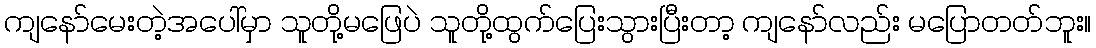
ကျနော်မေးတဲ့အပေါ်မှာ သူတို့မဖြေပဲ သူတို့ထွက်ပြေးသွားပြီးတာ့ ကျနော်လည်း မပြောတတ်ဘူး။